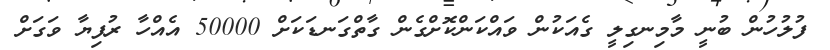
ފުލުހުން ބުނީ މާމިނގިލީ ގެއަކުން ވައްކަންކޮށްގެން ގާތްގަނޑަކަށް 50000 އެއްހާ ރުފިޔާ ވަގަށް